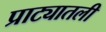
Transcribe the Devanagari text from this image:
प्राट्यातली